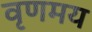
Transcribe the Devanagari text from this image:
वृणमय